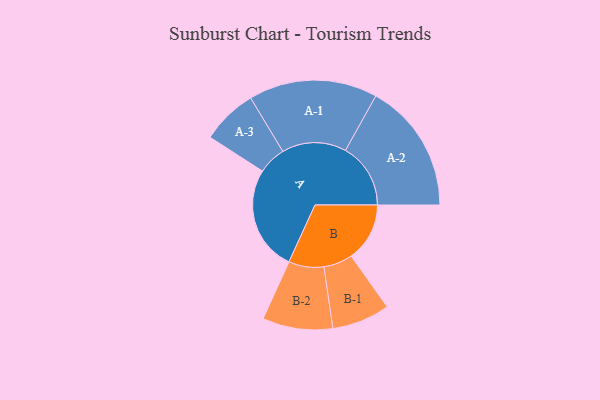
{"axis": {"x": "Segment", "y": "Value"}, "legend": ["", "A", "B"], "data": [{"x": "A", "y": 410, "type": ""}, {"x": "B", "y": 228, "type": ""}, {"x": "A-1", "y": 251, "type": "A"}, {"x": "A-2", "y": 254, "type": "A"}, {"x": "A-3", "y": 109, "type": "A"}, {"x": "B-1", "y": 113, "type": "B"}, {"x": "B-2", "y": 137, "type": "B"}]}